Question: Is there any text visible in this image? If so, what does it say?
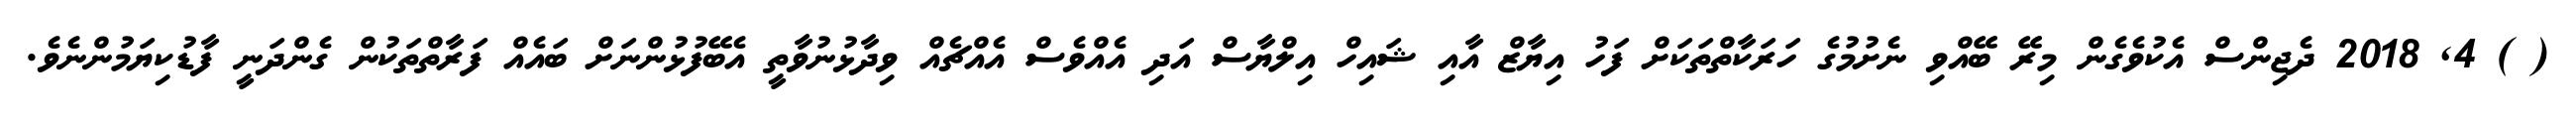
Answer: ( ) 4, 2018 ދެޖިންސް އެކުވެގެން މިރޭ ބޭއްވި ނެށުމުގެ ހަރަކާތްތަކަށް ފަހު އިޔާޒް އާއި ޝައިހް އިލްޔާސް އަދި އެއްވެސް އެއްޗެއް ވިދާޅުނުވާތީ އެބޭފުޅުންނަށް ބައެއް ފަރާތްތަކުން ގެންދަނީ ފާޑުކިޔަމުންނެވެ.